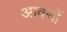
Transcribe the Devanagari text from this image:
आवसों